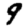
Digit: 9